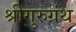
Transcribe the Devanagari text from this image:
श्रीगुरुग्रंथ